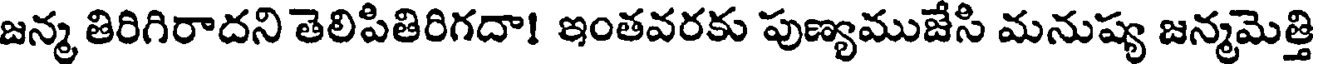
జన్మ తిరిగిరాదని తెలిపితిరిగదా! ఇంతవరకు పుణ్యముజేసి మనుష్య జన్మమెత్తి